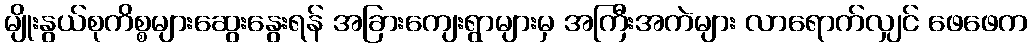
မျိုးနွယ်စုကိစ္စများဆွေးနွေးရန် အခြားကျေးရွာများမှ အကြီးအကဲများ လာရောက်လျှင် ဖေဖေက